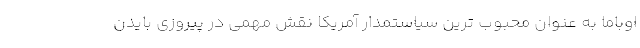
اوباما به عنوان محبوب ترین سیاستمدار آمریکا نقش مهمی در پیروزی بایدن